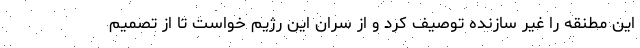
این مطنقه را غیر سازنده توصیف کرد و از سران این رژیم خواست تا از تصمیم